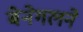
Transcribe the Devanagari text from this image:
बेनेगलने